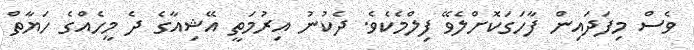
ވެސް މިފަދައިން ފާހަގަކޮށްލެވޭ ފިލްމެކެވެ. ދެކުނު އިރުމަތީ އޭޝިއާގެ ދެ މީހެއްގެ ހަޔާތް